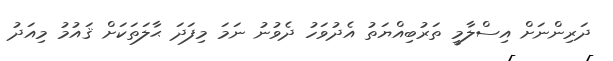
ދަރިންނަށް އިސްލާމީ ތަރުބިއްޔަތު އެދުވަހު ދެވުނު ނަމަ މިފަދަ ޙާލަތަކަށް ޤައުމު މިއަދު